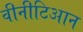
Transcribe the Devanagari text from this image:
वीनीटिआन